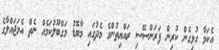
އެކަމާ ގުޅިގެން ކުރިން ފަރަންސޭސި ރައްޔިތުންގެ މެދުގައި މާބޮޑު މަގްބޫލުކަމެއް ނެތް އެމަޖައްލާގެ